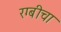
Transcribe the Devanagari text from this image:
रग्बीचा